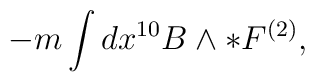
-m\int dx^{10} B\wedge*F^{(2)},